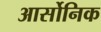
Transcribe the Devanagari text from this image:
आर्सोनिक